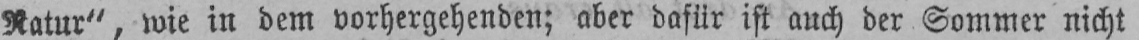
Natur“, wie in dem vorhergehenden; aber dafür ist auch der Sommer nicht